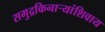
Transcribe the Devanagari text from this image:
समुद्रकिनार्‍यांशिवाय